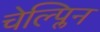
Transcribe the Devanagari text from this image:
चेल्प्लिन